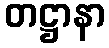
တဋ္ဌာနာ